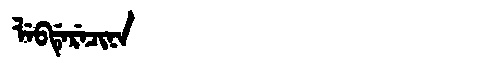
Manchu: ᠯᡝᠪᡩᡝᡵᡝᠴᡳᠨᠠ
Romanization: LEBDERECINA